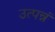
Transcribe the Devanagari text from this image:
उत्पन्नं